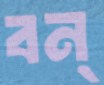
বন্